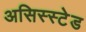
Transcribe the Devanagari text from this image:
असिस्स्टेड